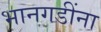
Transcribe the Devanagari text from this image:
भानगडींना